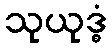
သုယုဒ္ဓံ